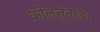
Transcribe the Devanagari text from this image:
कोलत्तुनाड।